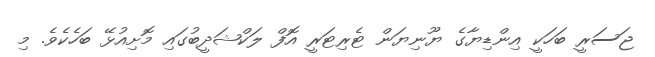
ޖަސަރީ ބަހަކީ އިންޑިޔާގެ ޔޫނިޔަން ޓެރިޓަރީ އޮފް ލަކްޝަދީބުގައި މޮށިއުޅޭ ބަހެކެވެ. މި